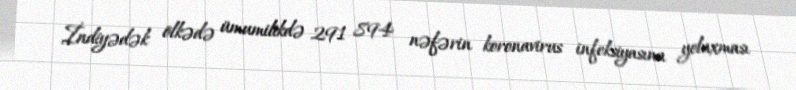
İndiyədək ölkədə ümumilikdə 291 894 nəfərin koronavirus infeksiyasına yoluxması